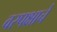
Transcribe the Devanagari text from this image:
वरपक्षाचे